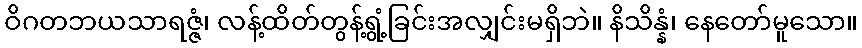
ဝိဂတဘယသာရဇ္ဇံ၊ လန့်ထိတ်တွန့်ရွံ့ခြင်းအလျှင်းမရှိဘဲ။ နိသိန္နံ၊ နေတော်မူသော။